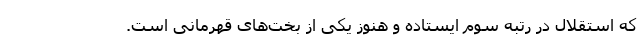
که استقلال در رتبه سوم ایستاده و هنوز یکی از بخت‌های قهرمانی است.